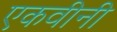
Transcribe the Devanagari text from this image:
एकवीनी